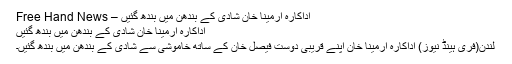
اداکارہ ارمینا خان شادی کے بندھن میں بندھ گئیں – Free Hand News
اداکارہ ارمینا خان شادی کے بندھن میں بندھ گئیں
لندن(فری ہینڈ نیوز) اداکارہ ارمینا خان اپنے قریبی دوست فیصل خان کے ساتھ خاموشی سے شادی کے بندھن میں بندھ گئیں۔